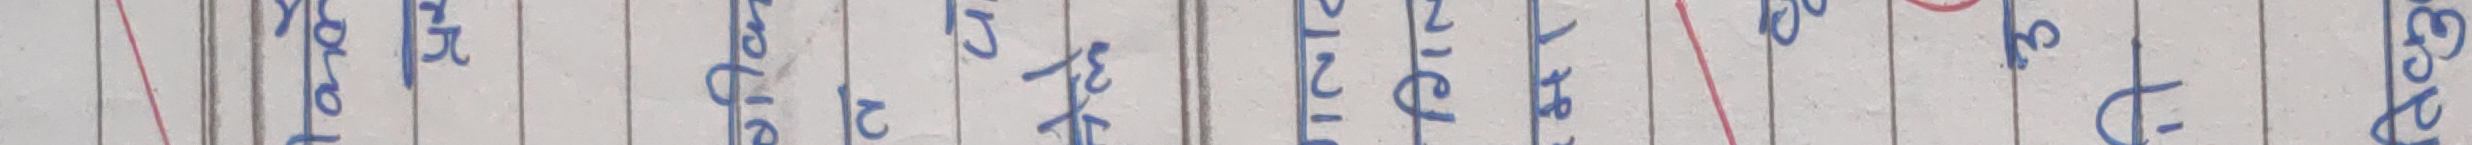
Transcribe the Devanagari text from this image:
तरिका